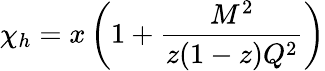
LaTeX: \chi_{h}=x\left(1+\frac{M^{2}}{z(1-z)Q^{2}}\right)